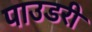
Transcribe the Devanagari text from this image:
पाउडरी